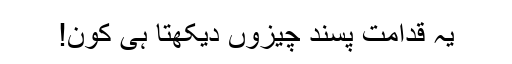
یہ قدامت پسند چیزوں دیکھتا ہی کون!